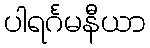
ပါရင်္ဂမနီယာ